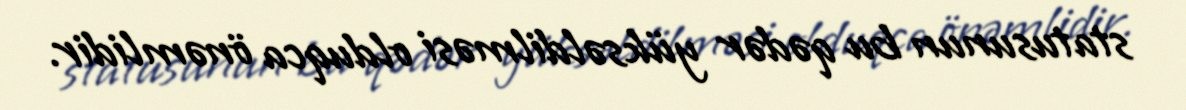
statusunun bu qədər yüksəldilməsi olduqca önəmlidir.